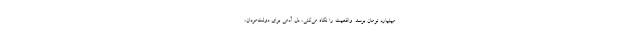
میلیارد تومان برسد. واقعیت را نگاه می‌کنی، دل آدمی برای دولت‌مردان،